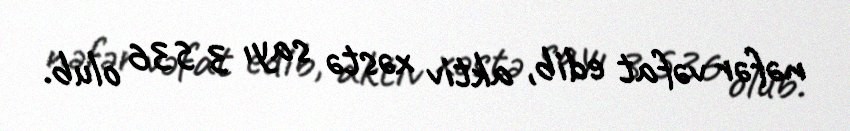
nəfər vəfat edib, aktiv xəstə sayı 3 536 olub.